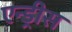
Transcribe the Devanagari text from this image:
एन्ड्रीस